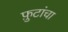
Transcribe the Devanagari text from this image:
फ़ुटांचा